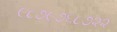
૯૮૭૯૭૬૮૭૨૨